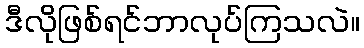
ဒီလိုဖြစ်ရင်ဘာလုပ်ကြသလဲ။